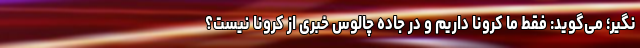
نگیر؛ می‌گوید: فقط ما کرونا داریم و در جاده چالوس خبری از کرونا نیست؟